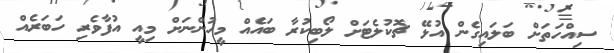
ސިއްހަތަށް ބަލައިގެން އުޅޭ ޗޮކުލެޓަށް ލޯބިކުރާ ބައެއް މީހުންނަށް މިއީ އުފާވެރި ހަބަރެއް